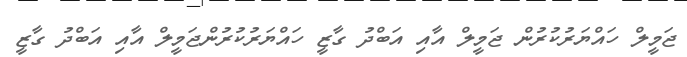
ޖަމީލް ހައްޔަރުކުރުން ޖަމީލް އާއި އަބްދު ގާޒީ ހައްޔަރުކުރުންޖަމީލް އާއި އަބްދު ގާޒީ